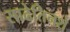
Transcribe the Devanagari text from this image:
साढेतिनशे